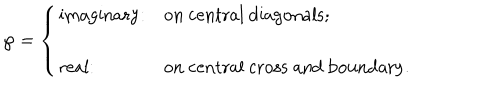
\wp = \left\{ \begin{array} { l l } { { \mathrm { i m a g i n a r y } : } } & { { \mathrm { o n ~ c e n t r a l ~ d i a g o n a l s } ; } } \\ { { \mathrm { r e a l } : } } & { { \mathrm { o n ~ c e n t r a l ~ c r o s s ~ a n d ~ b o u n d a r y } . } } \\ \end{array} \right.